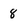
Character: 8